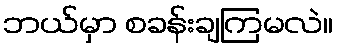
ဘယ်မှာ စခန်းချကြမလဲ။